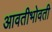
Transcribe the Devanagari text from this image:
आवतीभोवती